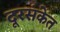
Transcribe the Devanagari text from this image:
दूरसंकेत